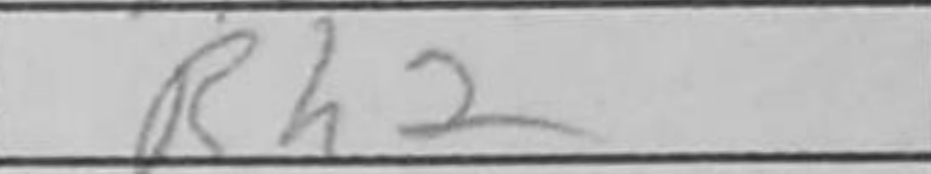
Transcription: Rh2